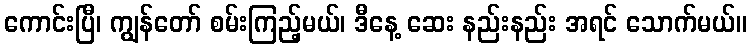
ကောင်းပြီ၊ ကျွန်တော် စမ်းကြည့်မယ်၊ ဒီနေ့ ဆေး နည်းနည်း အရင် သောက်မယ်။